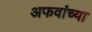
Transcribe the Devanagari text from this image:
अफवांच्या